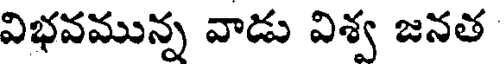
విభవమున్న వాడు విశ్వ జనత